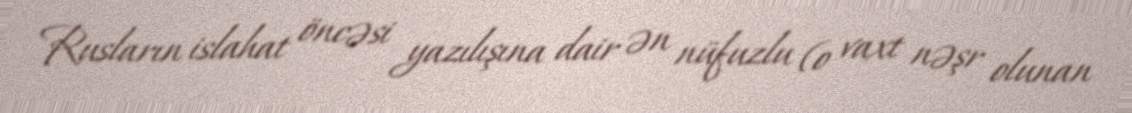
Rusların islahat öncəsi yazılışına dair ən nüfuzlu (o vaxt nəşr olunan